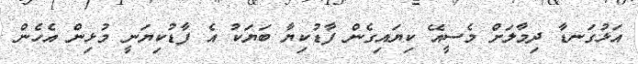
އަޅުގަނޑާ ދިމާލަށް މެސީއޭ ކިޔައިގެން ފާޑުކިޔާ ބަޔަކު އެ ފާޑުކިޔަނީ މުޅިން އެހެން